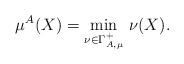
LaTeX: \begin{align*}\mu^A(X)=\min_{\nu\in\Gamma_{A,\mu}^+}\,\nu(X).\end{align*}